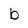
Character: b